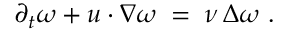
\partial _ { t } \omega + u \cdot \nabla \omega \; = \; \nu \, \Delta \omega \ .